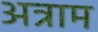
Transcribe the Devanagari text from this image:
अत्राम